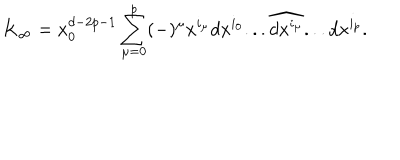
K _ { \infty } = x _ { 0 } ^ { d - 2 p - 1 } \sum _ { \mu = 0 } ^ { p } ( - ) ^ { \mu } x ^ { i _ { \mu } } d x ^ { i _ { 0 } } . . . \widehat { d x ^ { i _ { \mu } } } . . . d x ^ { i _ { p } } .